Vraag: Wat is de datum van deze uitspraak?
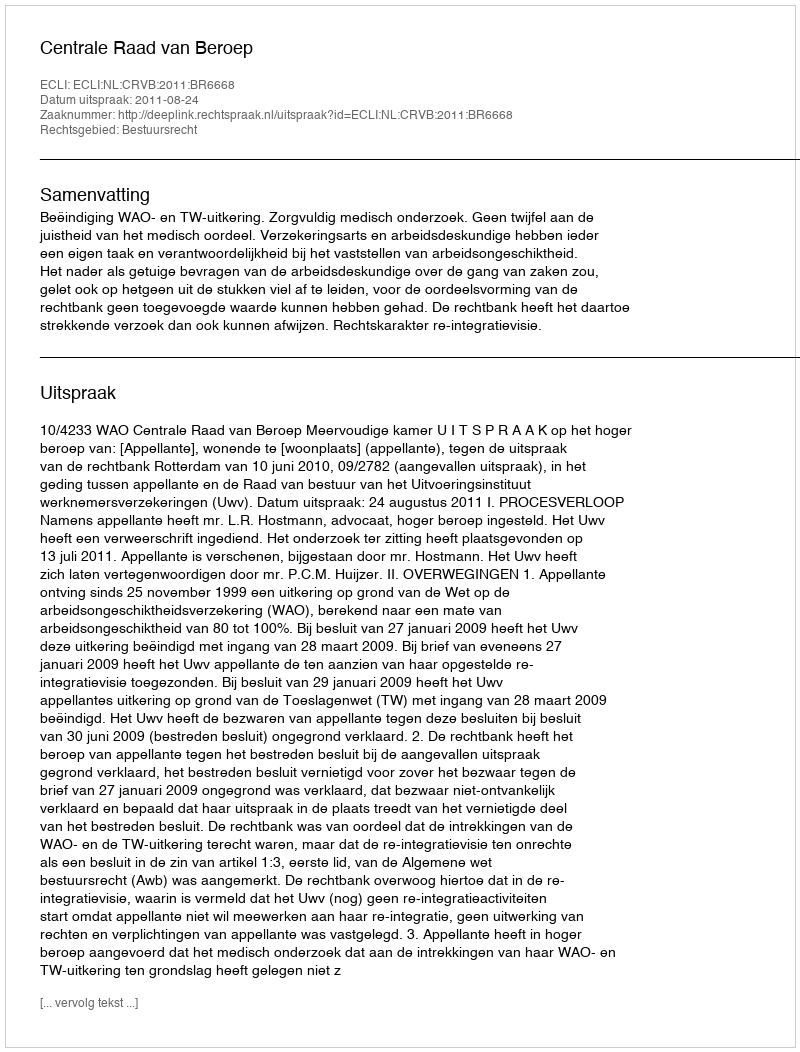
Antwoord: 2011-08-24